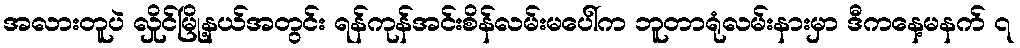
အလားတူပဲ လှိုင်မြို့နယ်အတွင်း ရန်ကုန်အင်းစိန်လမ်းမပေါ်က ဘူတာရုံလမ်းနားမှာ ဒီကနေ့မနက် ၇